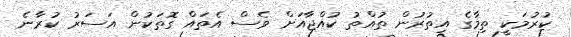
ކުރުމަކީ ތިމާގެ އިތުރުން ތުއްތު ކުއްޖާއަށް ވެސް އެތައް ގޮތަކުން އަސަރު ކުރާނެ